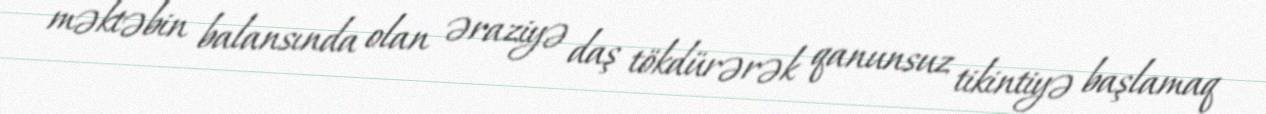
məktəbin balansında olan əraziyə daş tökdürərək qanunsuz tikintiyə başlamaq